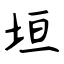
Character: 垣